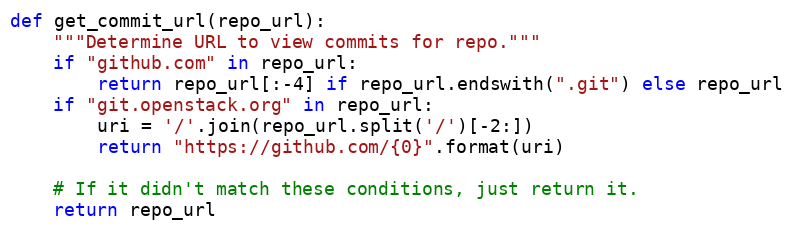
Language: Python
def get_commit_url(repo_url):
    """Determine URL to view commits for repo."""
    if "github.com" in repo_url:
        return repo_url[:-4] if repo_url.endswith(".git") else repo_url
    if "git.openstack.org" in repo_url:
        uri = '/'.join(repo_url.split('/')[-2:])
        return "https://github.com/{0}".format(uri)

    # If it didn't match these conditions, just return it.
    return repo_url